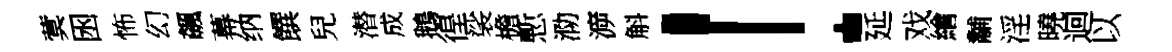
蓂囦怖幻飆幕纳饌兒潜成鵝徨裟檐慙泐㴑斛！延戏繪黼淫曉迴以